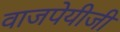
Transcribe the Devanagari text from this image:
वाजपेयीजी